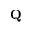
\mathbf { Q }